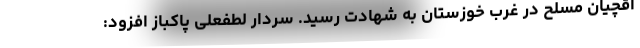
اقچیان مسلح در غرب خوزستان به شهادت رسید. سردار لطفعلی پاکباز افزود: